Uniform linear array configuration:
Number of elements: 4
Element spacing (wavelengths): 0.25
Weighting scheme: exponential
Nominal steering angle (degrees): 45
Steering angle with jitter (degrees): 44.716
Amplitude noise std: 0.05
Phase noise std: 0.05

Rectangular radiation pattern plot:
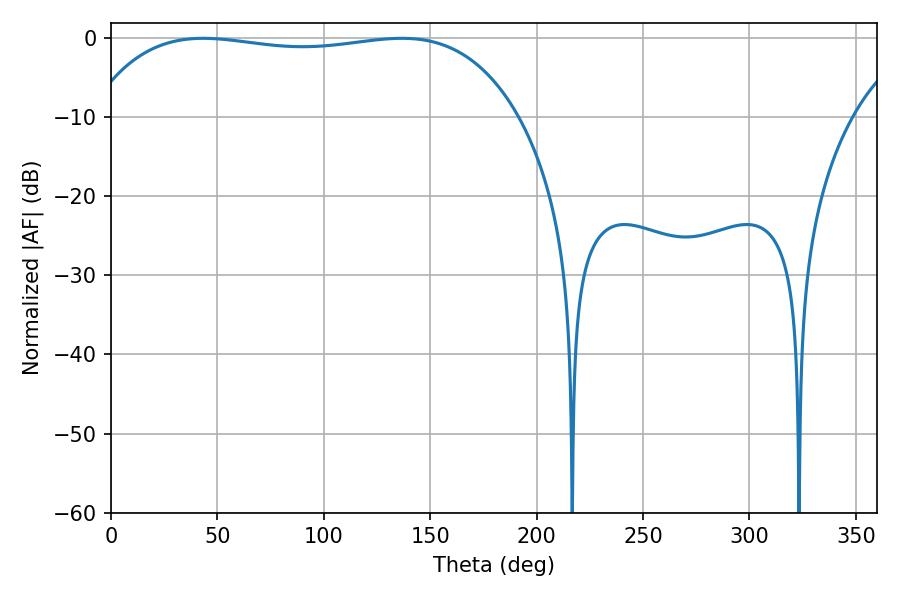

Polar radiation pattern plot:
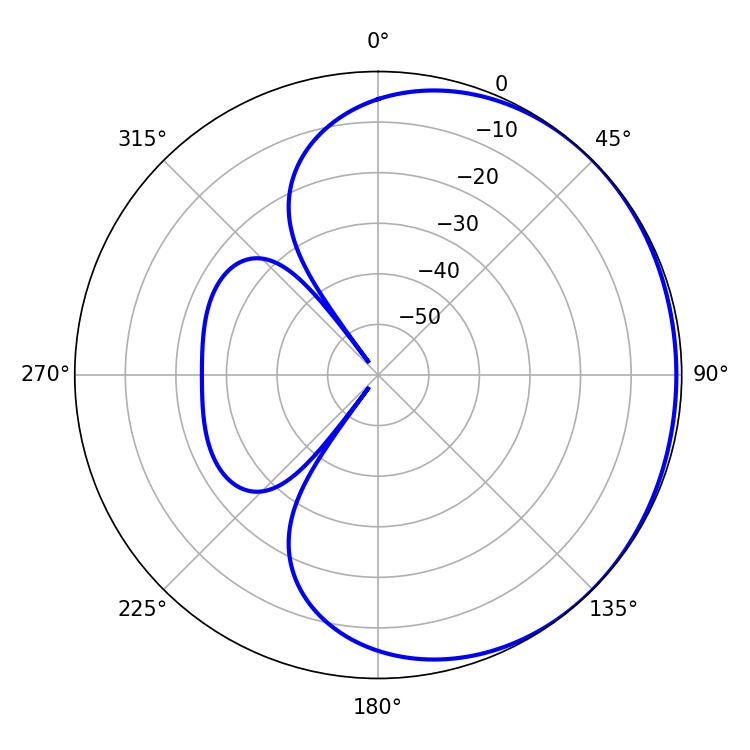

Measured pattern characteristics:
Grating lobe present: FALSE
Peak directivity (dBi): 0.6495
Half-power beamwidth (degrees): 160.92
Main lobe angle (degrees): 43.38